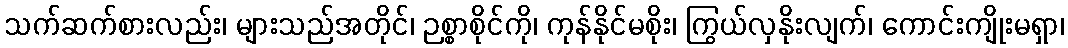
သက်ဆက်စားလည်း၊ များသည်အတိုင်၊ ဉစ္စာစိုင်ကို၊ ကုန်နိုင်မစိုး၊ ကြွယ်လှနိုးလျက်၊ ကောင်းကျိုးမရှာ၊